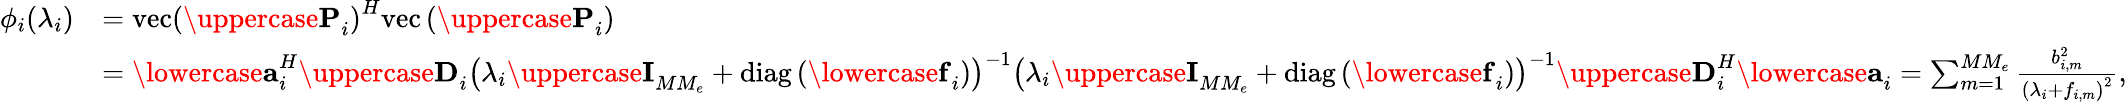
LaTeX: \begin{array}{rl}{\phi_{i}(\lambda_{i})}&{=\mathrm{vec}\left({\uppercase{\mathbf{P}}}_{i}\right)^{H}\mathrm{vec}\left({\uppercase{\mathbf{P}}}_{i}\right)}\\ &{={\lowercase{\mathbf{a}}}_{i}^{H}{\uppercase{\mathbf{D}}}_{i}\left(\lambda_{i}{\uppercase{\mathbf{I}}}_{MM_{e}}+\mathrm{{diag}}\left({\lowercase{\mathbf{f}}}_{i}\right)\right)^{-1}\left(\lambda_{i}{\uppercase{\mathbf{I}}}_{MM_{e}}+{\mathrm{diag}}\left({\lowercase{\mathbf{f}}}_{i}\right)\right)^{-1}{\uppercase{\mathbf{D}}}_{i}^{H}{\lowercase{\mathbf{a}}}_{i}=\sum_{m=1}^{MM_{e}}\frac{b_{i,m}^{2}}{\left(\lambda_{i}+f_{i,m}\right)^{2}},}\end{array}